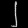
Digit: ၂